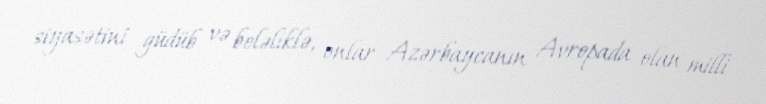
siyasətini güdüb və beləliklə, onlar Azərbaycanın Avropada olan milli